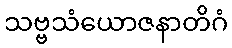
သဗ္ဗသံယောဇနာတိဂံ